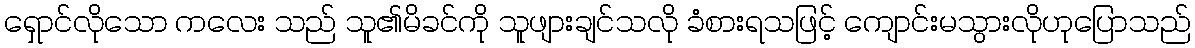
ရှောင်လိုသော ကလေး သည် သူ၏မိခင်ကို သူဖျားချင်သလို ခံစားရသဖြင့် ကျောင်းမသွားလိုဟုပြောသည်